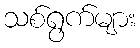
သစ်ရွက်များ